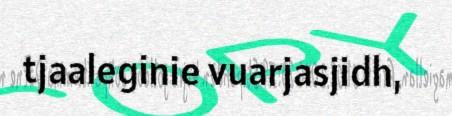
tjaaleginie vuarjasjidh,